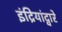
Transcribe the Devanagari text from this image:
इंद्रियांद्वारे